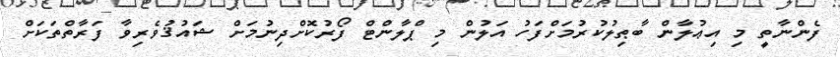
ފެންނާތީ މި އިޢުލާން ބާޠިލުކުރުމަށްފަހު އަލުން މި ޕްލާންޓް ފޯރުކޮށްދިނުމަށް ޝައުޤުވެރިވާ ފަރާތްތަކަށް